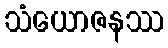
သံယောဇနဿ